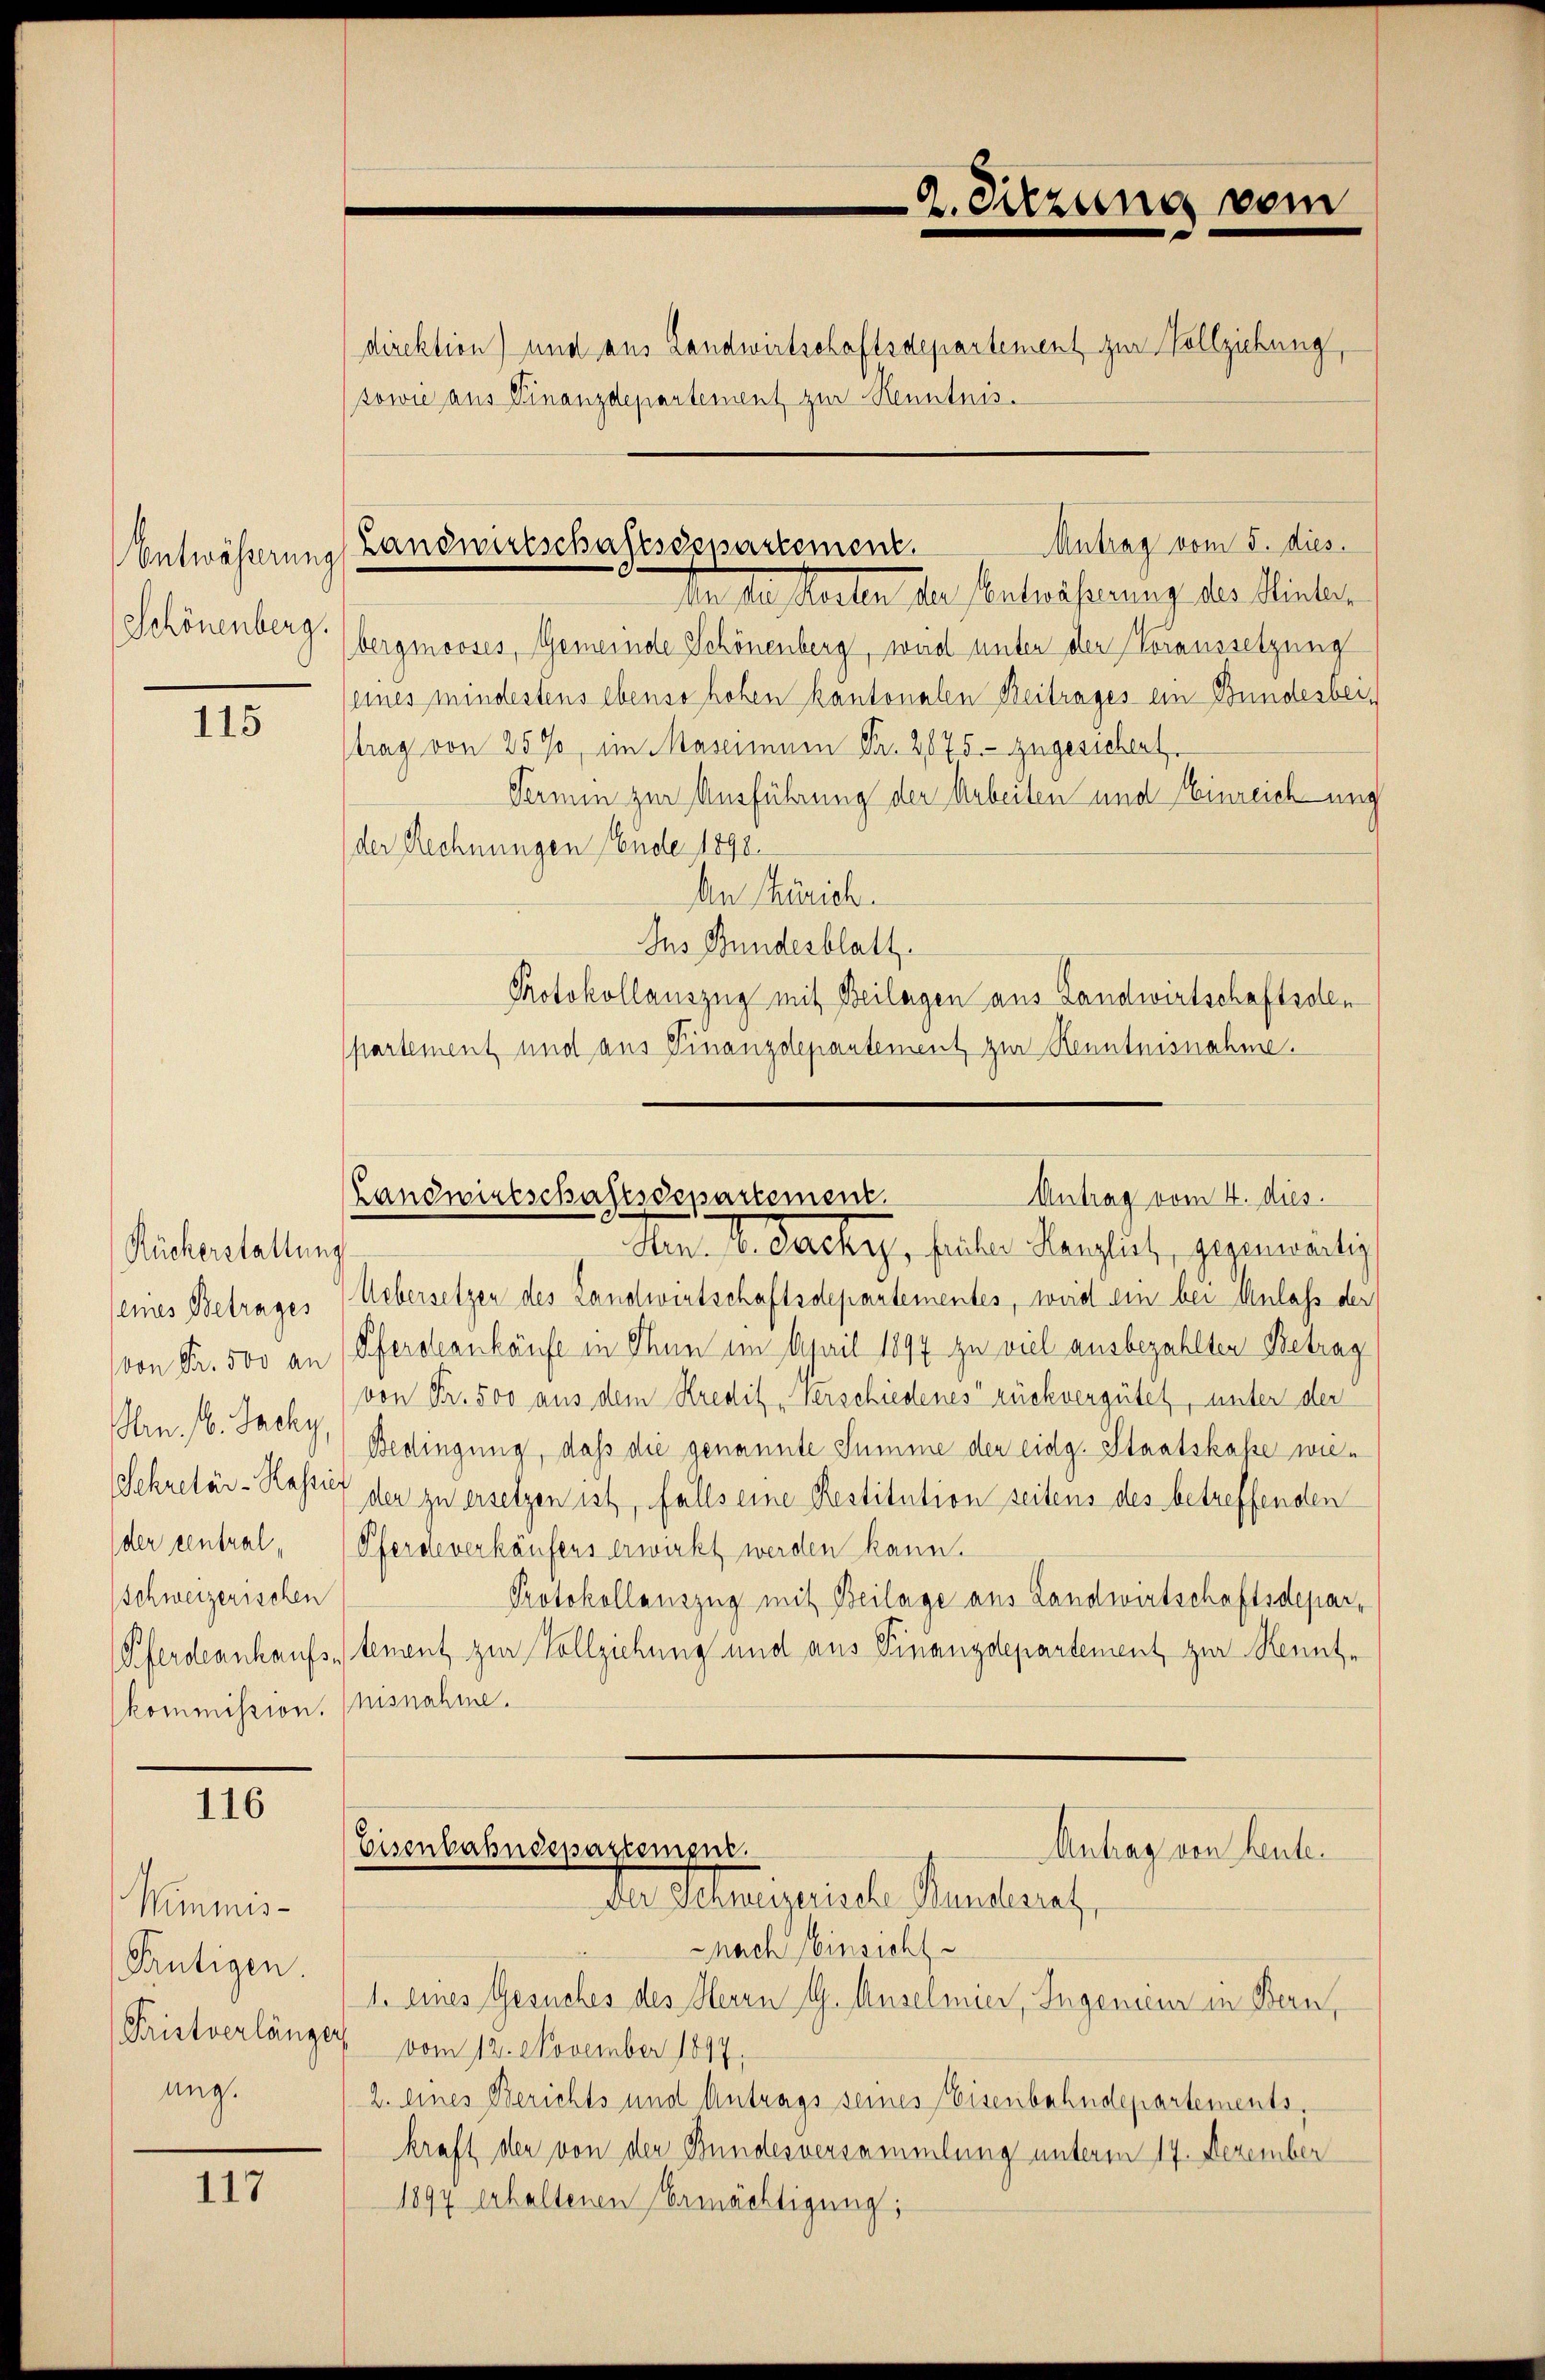
Schönenberg.

115

Rückerstaltung
eines Betrages
von Fr. 500 an
Arn. 16. Jachy
Sekretär-Hassie
der central,
Schweizerischen
Pferdeankaufse
kommission.

116

Wimmis-
Frutigen.
Fristverlänger
ung.

117

sowie aus Finanzdepartement zur Kenntnis.

bergmooses, Gemeinde Schönenberg, wird unter der Voraussetzung
eines mindestens ebenso hohen kantonalen Beitrages ein Bundesbeitrag von 25%, im Maseinen Fr. 2875. zugesichent
Termin zur Ausführung der Arbeiten und Einreichung
der Rechnungen Ende 1898.
An Zürich.
Ins Bundesblatt.
Protokollauszug mit Beilagen aus Landwirtschaftsolen
partement und aus Finanzdepantement zur Kenntnisnahme.
Aen I. Dache, fieler Herzlich, gegenwärtig
Uebersetzen des Landwirtschaftsdepartementes, weid ein bei Anlass der
Pferdeankäufe in Thun im April 1897 zu viel ausbezahlten Betrag
von Fr. 500 aus dem Kredit „Verschiedenes rückvergütet, unter der
Bedingung, daß die genannte Summe der eidg. Staatskasse wieder zu ersetzen ist, falls eine Restitution seitens des betreffenden
Pferdeverkäufers erwirkt werden kann.
Protokollauszug mit Beilage aus Landwirtschaftsdepartement zur Vollziehung und aus Finanzdepartement zur Kennte
nisnahme.
Eisenbahndepartemper
Antrag den heute.
Der Allmeistische Handleriet,
nach Einsicht
1. eines Gesuches des Herrn G. Ansehner, Ingenieur in Bern,
vom 12. November 1847.
2. eines Berichts und Antrags seines Eisenbahndepartements,
kraft der von der Bundesversammlung unterm 17. Dezember
1894 erhaltenen Ermächtigung;

2. Sitzung vom
direktion) und aus Landwirtschaftsdepartement zur Vollziehung,

Antrag vom 5. dies
Entwässerung Landwirtschaftsdepartement.
Von der teilen der Verlasserung des Hinter

Landwirtschaftsdepartement.
Antrag vom 4. dies.